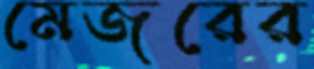
মেজরের